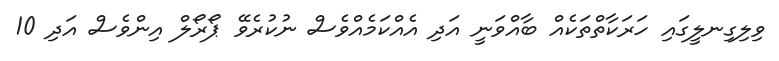
ވިލިގިނލީގައި ހަރަކާތްތަކެއް ބާއްވަނީ އަދި އެއްކަމެއްވެސް ނުކުރެވޭ ޕޯރޯލް އިންވެސް އަދި 10